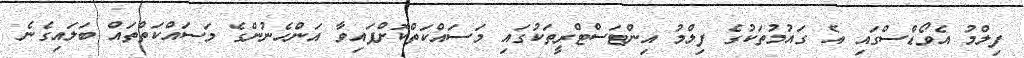
ފިލްމު އެވޯޑްސްގައި އެ ގައުމުތަކުގެ ފިލްމު އިންޓަސްޓްރީތަކުގައި މަސައްކަތްކޮށްފައިވާ އަންހެނުންގެ މަސައްކަތްތައް ބަލައިގެނެ